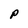
Character: P